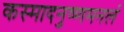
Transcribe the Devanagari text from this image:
कस्मादनुष्णमनलं